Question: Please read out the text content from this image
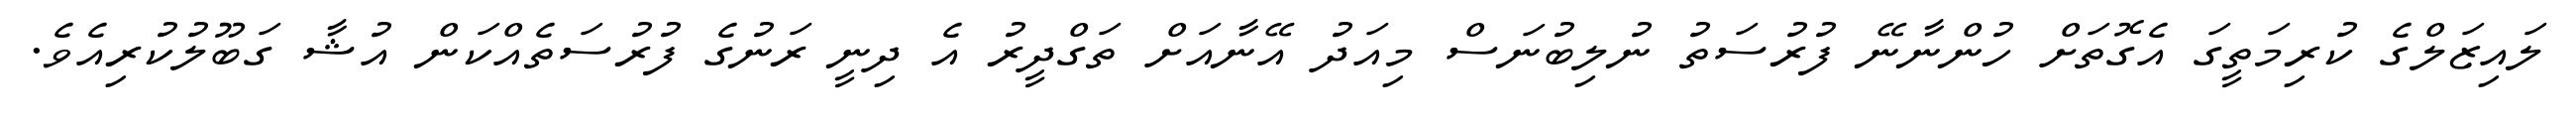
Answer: ލައިޒަލްގެ ކުރިމަތީގަ އެގޮތަށް ހުންނާނޭ ފުރުސަތު ނުލިބުނަސް މިއަދު އޭނާއަށް ތަގްދީރު އެ ދިނީ ރަނުގެ ފުރުސަތެއްކަން އުޝާ ގަބޫލުކުރިއެވެ.